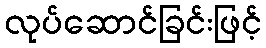
လုပ်ဆောင်ခြင်းဖြင့်